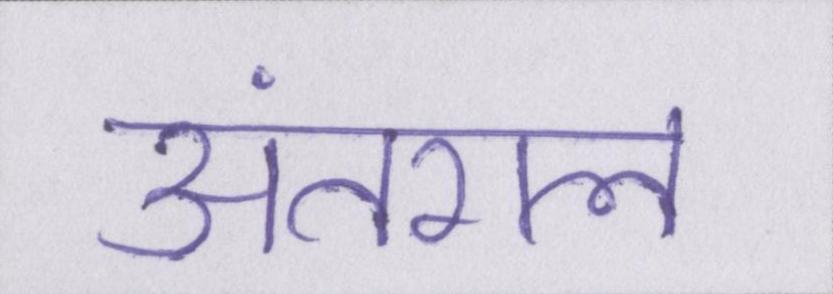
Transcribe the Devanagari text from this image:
अंतराल